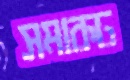
সমারূঢ়